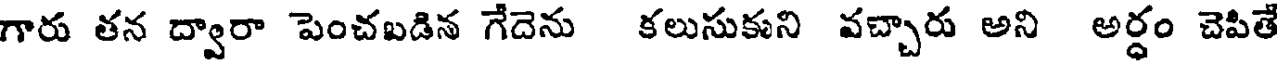
గారు తన ద్వారా పెంచబడిన గేదెను కలుసుకుని వచ్చారు అని అర్ధం చెపితే